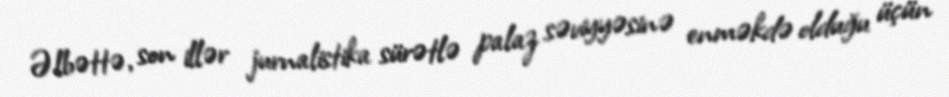
Əlbəttə, son illər jurnalistika sürətlə palaz səviyyəsinə enməkdə olduğu üçün